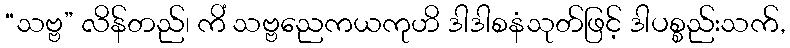
“သဗ္ဗ” လိန်တည်၊ ကိံ သဗ္ဗညေကယကုဟိ ဒါဒါစနံသုတ်ဖြင့် ဒါပစ္စည်းသက်,